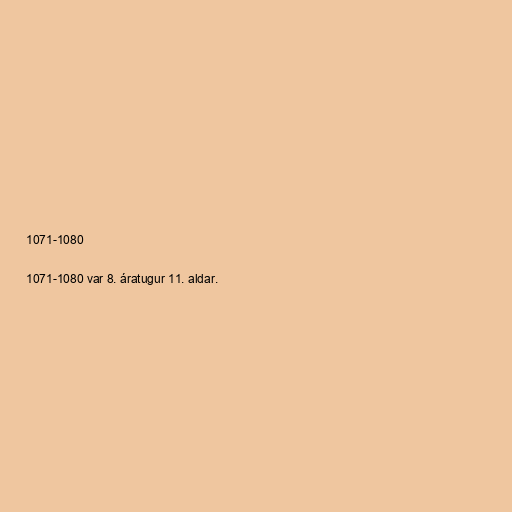
1071-1080

1071-1080 var 8. áratugur 11. aldar.